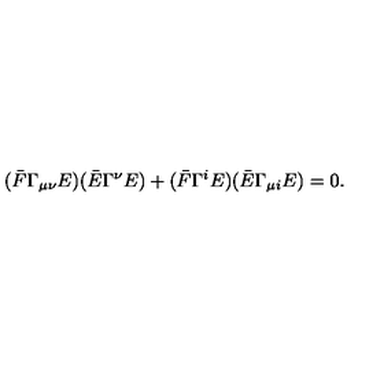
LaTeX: ( \bar { F } \Gamma _ { \mu \nu } E ) ( \bar { E } \Gamma ^ { \nu } E ) + ( \bar { F } \Gamma ^ { i } E ) ( \bar { E } \Gamma _ { \mu i } E ) = 0 .